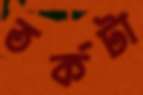
তর্কটা